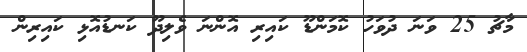
މާޗު 25 ވަނަ ދުވަހު ކޮމަންޑޫ ކައިރި އޮންނަ ވެލިދޫ ކަނޑުއޮޅި ކައިރިން